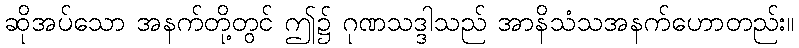
ဆိုအပ်သော အနက်တို့တွင် ဤ၌ ဂုဏသဒ္ဒါသည် အာနိသံသအနက်ဟောတည်း။